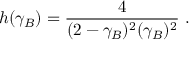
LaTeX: h ( \gamma _ { B } ) = { \frac { 4 } { ( 2 - \gamma _ { B } ) ^ { 2 } ( \gamma _ { B } ) ^ { 2 } } } \, \, .